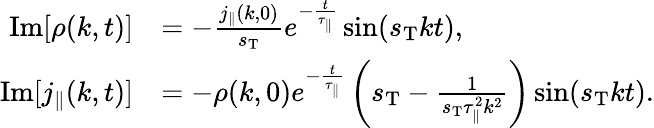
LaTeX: \begin{array}{rl}{\mathrm{Im}[\rho(k,t)]}&{=-\frac{j_{\parallel}(k,0)}{s_{\mathrm{T}}}e^{-\frac{t}{\tau_{\parallel}}}\sin(s_{\mathrm{T}}kt),}\\ {\mathrm{Im}[j_{\parallel}(k,t)]}&{=-\rho(k,0)e^{-\frac{t}{\tau_{\parallel}}}\left(s_{\mathrm{T}}-\frac{1}{s_{\mathrm{T}}\tau_{\parallel}^{2}k^{2}}\right)\sin(s_{\mathrm{T}}kt).}\end{array}